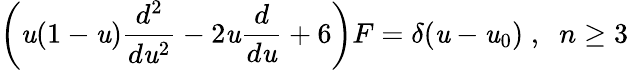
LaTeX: \left(\mathit{u}(1-\mathit{u})\frac{{d^{2}}}{{d\mathit{u}^{2}}}-2\mathit{u}\frac{{d}}{{d\mathit{u}}}+6\right)F=\delta(\mathit{u}-\mathit{u}_{0})\; ,\; \; n\geq3